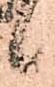
候